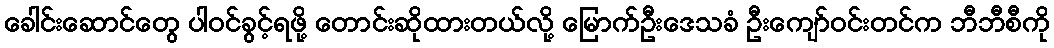
ခေါင်းဆောင်တွေ ပါဝင်ခွင့်ရဖို့ တောင်းဆိုထားတယ်လို့ မြောက်ဦးဒေသခံ ဦးကျော်ဝင်းတင်က ဘီဘီစီကို